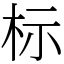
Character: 标